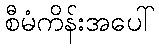
စီမံကိန်းအပေါ်